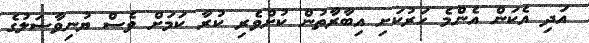
އަދި އެކަން އެންމެ ހަރުކަށި އިބާރާތުން ކުށްވެރި ކުރާ ކަމަށް ވެސް ޔުނިވާސަލުގެ